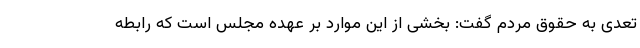
تعدی به حقوق مردم گفت: بخشی از این موارد بر عهده مجلس است که رابطه